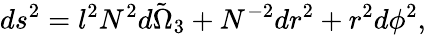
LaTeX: ds^{2}=l^{2}N^{2}\tilde{d\Omega_{3}}+N^{-2}dr^{2}+r^{2}d\phi^{2},